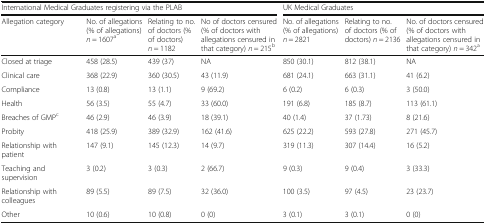
| <COLSPAN=4> International Medical Graduates registering via the PLAB | <COLSPAN=3> UK Medical Graduates |
 | Allegation category | No. of allegations (% of allegations) n = 1607a | Relating to no. of doctors (% of doctors) n = 1182 | No of doctors censured (% of doctors with allegations censured in that category) n = 215b | No. of allegations (% of allegations) n = 2821 | Relating to no. of doctors (% of doctors) n = 2136 | No. of doctors censured (% of doctors with allegations censured in that category) n = 342a |
 | --- | --- | --- | --- | --- | --- | --- |
 | Closed at triage | 458 (28.5) | 439 (37) | NA | 850 (30.1) | 812 (38.1) | NA |
 | Clinical care | 368 (22.9) | 360 (30.5) | 43 (11.9) | 681 (24.1) | 663 (31.1) | 41 (6.2) |
 | Compliance | 13 (0.8) | 13 (1.1) | 9 (69.2) | 6 (0.2) | 6 (0.3) | 3 (50.0) |
 | Health | 56 (3.5) | 55 (4.7) | 33 (60.0) | 191 (6.8) | 185 (8.7) | 113 (61.1) |
 | Breaches of GMPc | 46 (2.9) | 46 (3.9) | 18 (39.1) | 40 (1.4) | 37 (1.73) | 8 (21.6) |
 | Probity | 418 (25.9) | 389 (32.9) | 162 (41.6) | 625 (22.2) | 593 (27.8) | 271 (45.7) |
 | Relationship with patient | 147 (9.1) | 145 (12.3) | 14 (9.7) | 319 (11.3) | 307 (14.4) | 16 (5.2) |
 | Teaching and supervision | 3 (0.2) | 3 (0.3) | 2 (66.7) | 9 (0.3) | 9 (0.4) | 3 (33.3) |
 | Relationship with colleagues | 89 (5.5) | 89 (7.5) | 32 (36.0) | 100 (3.5) | 97 (4.5) | 23 (23.7) |
 | Other | 10 (0.6) | 10 (0.8) | 0 (0) | 3 (0.1) | 3 (0.1) | 0 (0) |